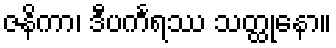
ဇနိကာ၊ ဒီပင်္ကရဿ သတ္ထုနော။